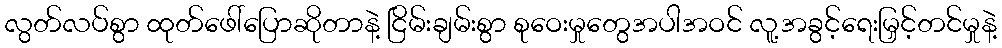
လွတ်လပ်စွာ ထုတ်ဖေါ်ပြောဆိုတာနဲ့ ငြိမ်းချမ်းစွာ စုဝေးမှုတွေအပါအဝင် လူ့အခွင့်ရေးမြှင့်တင်မှုနဲ့